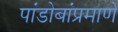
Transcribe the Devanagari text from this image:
पांडोबांप्रमाणे